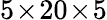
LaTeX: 5\! \times\! 20\! \times\! 5